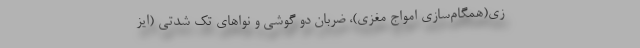
زی(همگام‌سازی امواج مغزی)،‌ ضربان‌ دو گوشی و نواهای تک ‌شدتی (ایز